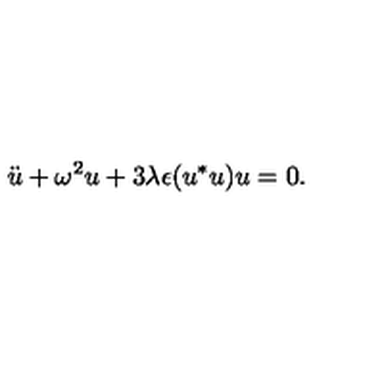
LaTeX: \ddot { u } + \omega ^ { 2 } u + 3 \lambda \epsilon ( u ^ { * } u ) u = 0 .